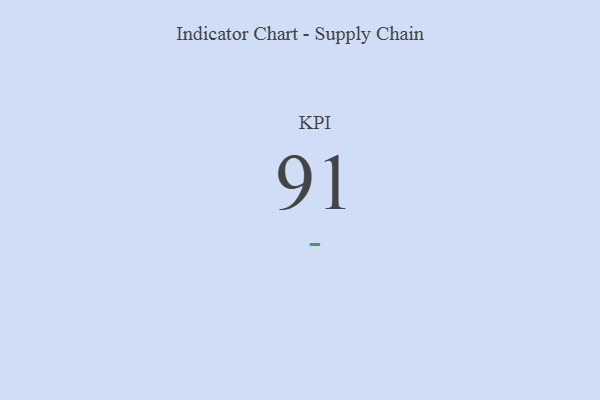
{"axis": {"x": "KPI", "y": "Value"}, "legend": [""], "data": [{"x": "KPI", "y": 91, "type": ""}]}